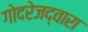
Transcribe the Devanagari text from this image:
गोदरेजद्वारा